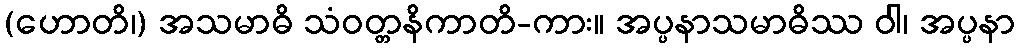
(ဟောတိ၊) အသမာဓိ သံဝတ္တနိကာတိ-ကား။ အပ္ပနာသမာဓိဿ ဝါ၊ အပ္ပနာ